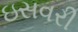
ઇસવરી